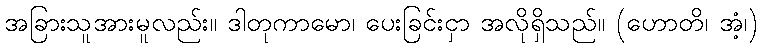
အခြားသူအားမူလည်း။ ဒါတုကာမော၊ ပေးခြင်းငှာ အလိုရှိသည်။ (ဟောတိ၊ အံ့၊)